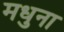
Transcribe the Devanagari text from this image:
मधुना